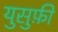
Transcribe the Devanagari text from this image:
युसुफ़ी